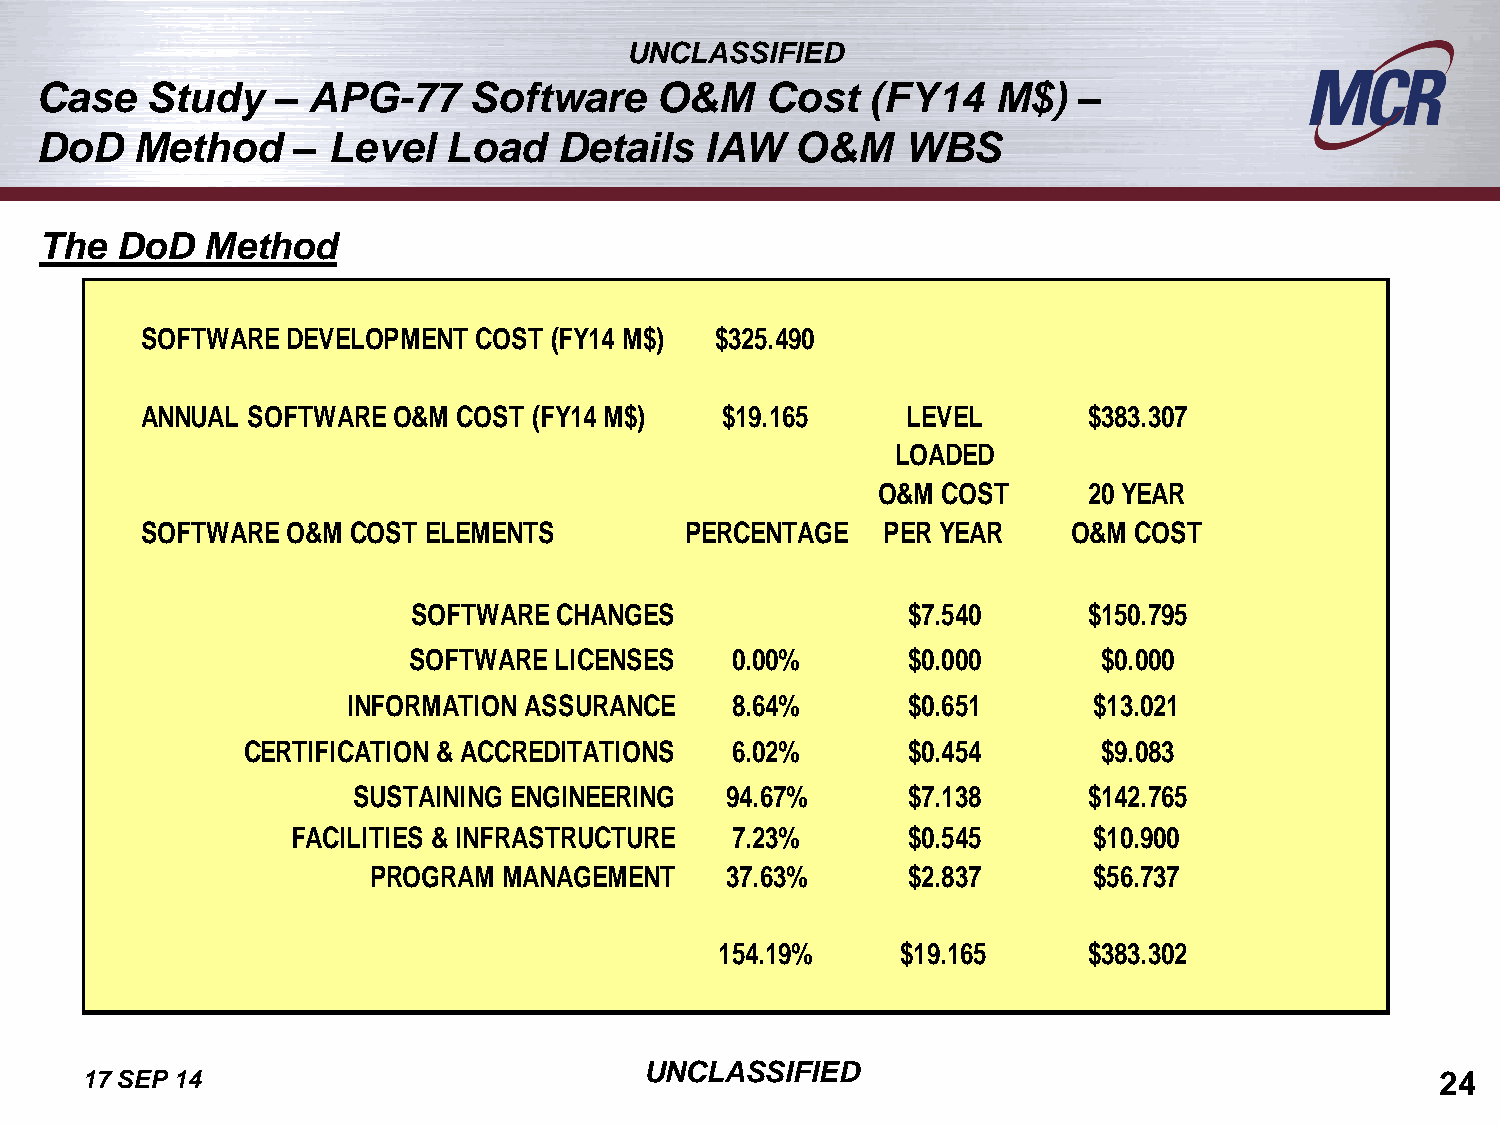
UNCLASSIFIED
 Case    Study   – APG-77     Software    O&M     Cost   (FY14   M$)  –
 DoD    Method    –  Level   Load   Details   IAW   O&M    WBS
 The  DoD  Method
 SOFTWARE  DEVELOPMENT  COST (FY14 M$) $325.490
 ANNUAL SOFTWARE  O&M COST (FY14 M$)    $19.165     LEVEL       $383.307
 LOADED
 O&M COST      20 YEAR
 SOFTWARE  O&M COST ELEMENTS         PERCENTAGE   PER YEAR     O&M COST
 SOFTWARE  CHANGES                $7.540      $150.795
 SOFTWARE  LICENSES   0.00%       $0.000       $0.000
 INFORMATION ASSURANCE    8.64%       $0.651      $13.021
 CERTIFICATION & ACCREDITATIONS  6.02%       $0.454       $9.083
 SUSTAINING ENGINEERING   94.67%      $7.138      $142.765
 FACILITIES & INFRASTRUCTURE  7.23%       $0.545      $10.900
 PROGRAM  MANAGEMENT     37.63%      $2.837      $56.737
 154.19%     $19.165     $383.302
 UNCLASSIFIED
 17 SEP 14                                                                                 24